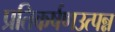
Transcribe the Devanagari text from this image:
प्रतिकर्षणउत्पन्न